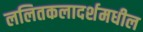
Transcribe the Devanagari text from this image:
ललितकलादर्शमधील